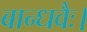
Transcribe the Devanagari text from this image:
बान्धवैः।